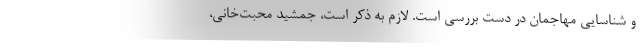
و شناسایی مهاجمان در دست بررسی است. لازم به ذکر است، جمشید محبت‌خانی،